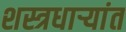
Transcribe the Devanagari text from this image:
शस्त्रधार्‍यांत